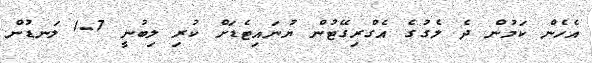
އެހެން ކަމުން ދެ ލެގުގެ އެގްރިގޭޓުން ޔުނައިޓެޑަށް ކުރި ލިބުނީ 7-1 ލަނޑުން